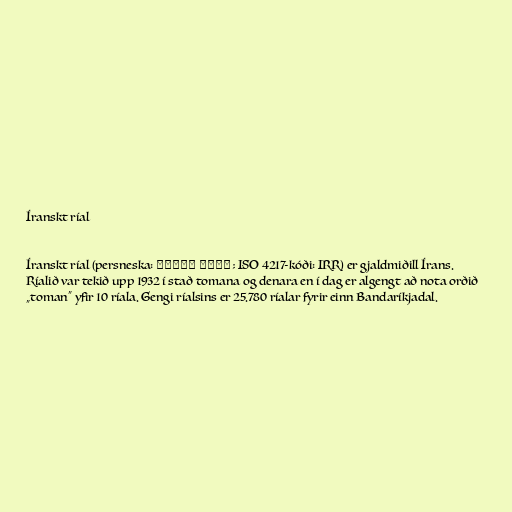
Íranskt ríal

Íranskt ríal (persneska: ریال ایران‎‎; ISO 4217-kóði: IRR) er gjaldmiðill Írans.
Ríalið var tekið upp 1932 í stað tomana og denara en í dag er algengt að nota orðið
„toman“ yfir 10 ríala. Gengi ríalsins er 25.780 ríalar fyrir einn Bandaríkjadal.